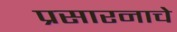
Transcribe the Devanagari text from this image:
प्रसारनाचे